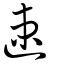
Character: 速